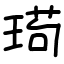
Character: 㻤